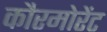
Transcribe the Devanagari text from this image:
कौरमोरेंट